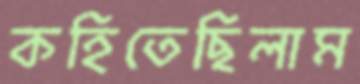
কহিতেছিলাম